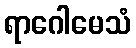
ရာဂေါမေသံ